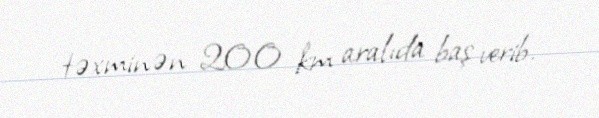
təxminən 200 km aralıda baş verib.